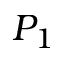
P _ { 1 }